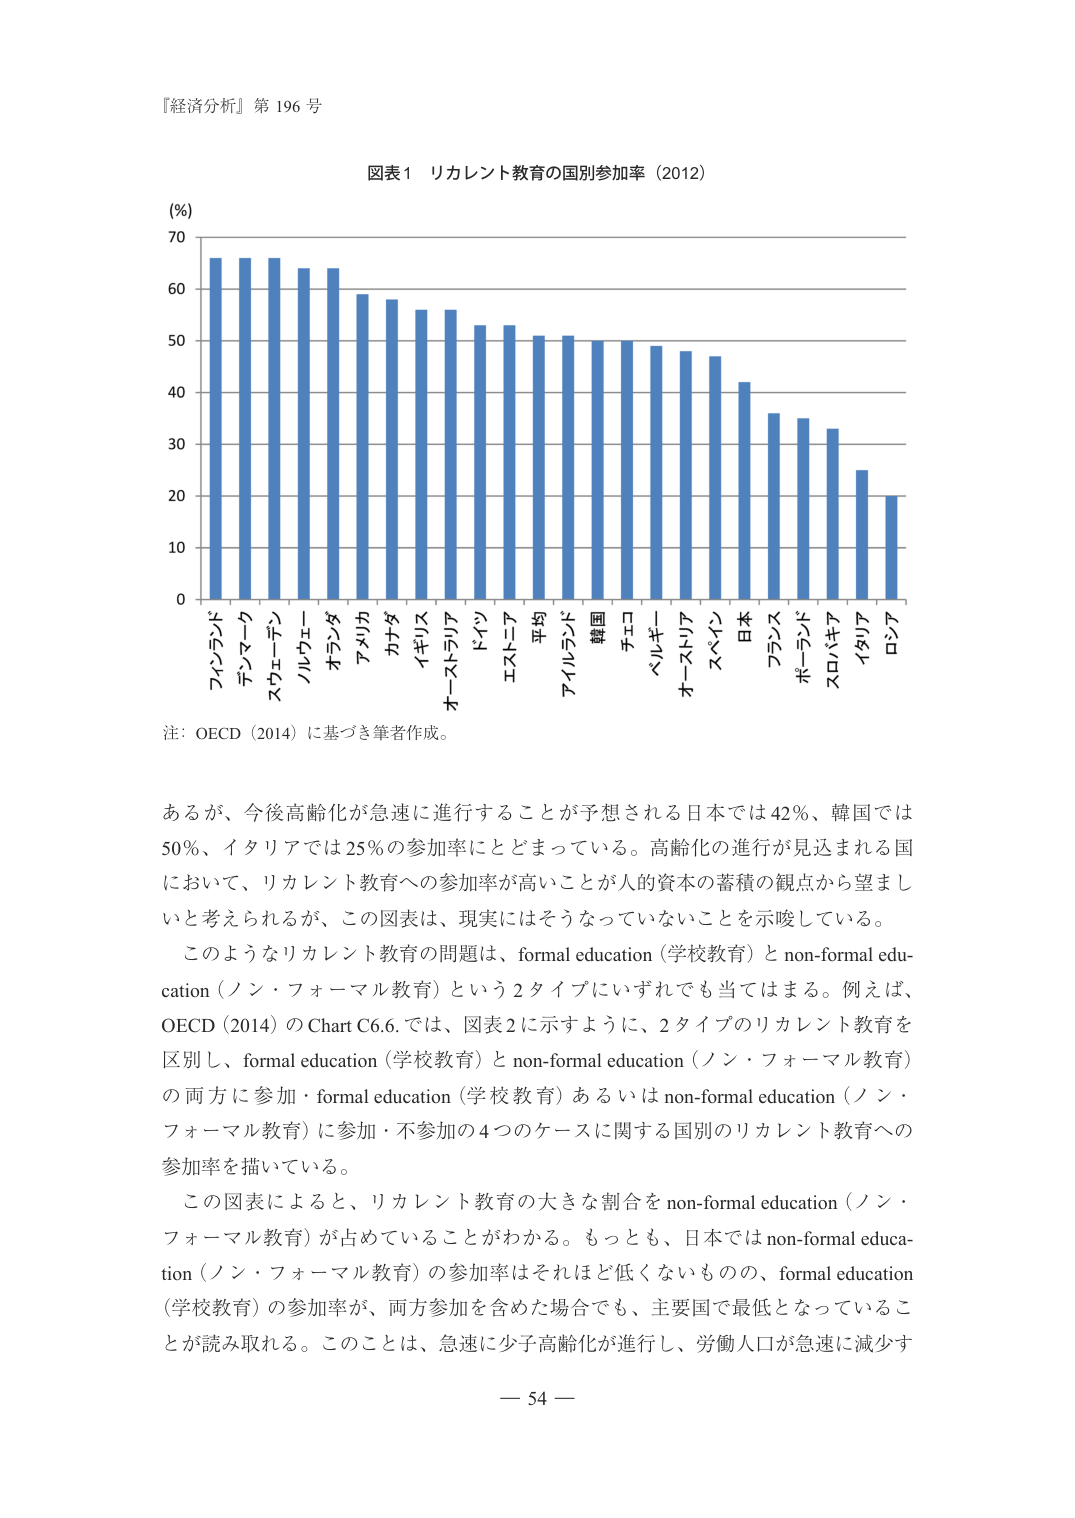
『経済分析』第 196 号

図表1 リカレント教育の国別参加率（2012）

(％)
70
60
50
40
30
20
10
0

フィンランド
デンマーク
スウェーデン
ノルウェー
オランダ
アメリカ
カナダ
イギリス
オーストラリア
ドイツ
エストニア
平均
アイルランド
韓国
チェコ
ベルギー
オーストリア
スペイン
日本
フランス
ポーランド
スロバキア
イタリア
ロシア

注：OECD（2014）に基づき筆者作成。

あるが、今後高齢化が急速に進行することが予想される日本では42％、韓国では50％、イタリアでは25％の参加率にとどまっている。高齢化の進行が見込まれる国において、リカレント教育への参加率が高いことが人的資本の蓄積の観点から望ましいと考えられるが、この図表は、現実にはそうなっていないことを示唆している。

このようなリカレント教育の問題は、formal education（学校教育）と non-formal education（ノン・フォーマル教育）という2タイプにいずれでも当てはまる。例えば、OECD（2014）の Chart C6.6.では、図表2に示すように、2タイプのリカレント教育を区別し、formal education（学校教育）と non-formal education（ノン・フォーマル教育）の両方に参加・formal education（学校教育）あるいは non-formal education（ノン・フォーマル教育）に参加・不参加の4つのケースに関する国別のリカレント教育への参加率を描いている。

この図表によると、リカレント教育の大きな割合を non-formal education（ノン・フォーマル教育）が占めていることがわかる。もっとも、日本では non-formal education（ノン・フォーマル教育）の参加率はそれほど低くないものの、formal education（学校教育）の参加率が、両方参加を含めた場合でも、主要国で最低となっていることが読み取れる。このことは、急速に少子高齢化が進行し、労働人口が急速に減少す

— 54 —